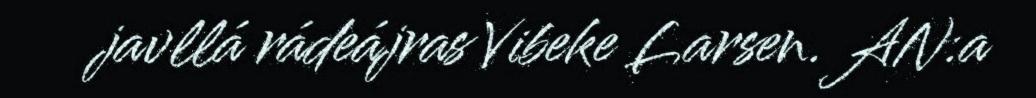
javllá rádeájras Vibeke Larsen. AN:a